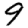
Digit: 9